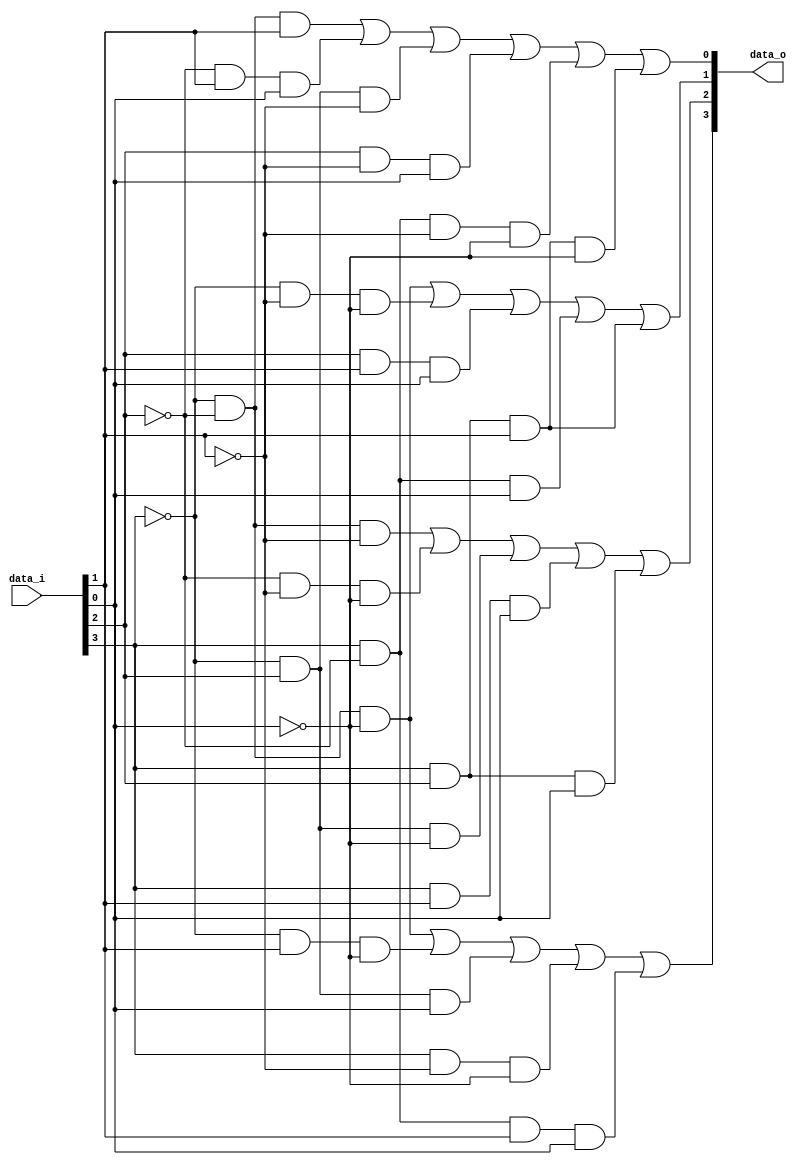
`timescale 1ns / 1ps
//////////////////////////////////////////////////////////////////////////////////
// Company: 
// Engineer: 
// 
// Design Name: 
// Module Name: S_Box
// Project Name: 
// Target Devices: 
// Tool Versions: 
// Description: 
// 
// Dependencies: 
// 
// Revision:
// Revision 0.01 - File Created
// Additional Comments:
// 
//////////////////////////////////////////////////////////////////////////////////


module S_Box(
            input[3:0] data_i,
            output[3:0] data_o
    );
    
    assign data_o[0] =  (~data_i[3]&~data_i[2]&data_i[1]) | (~data_i[2]&data_i[1]&data_i[0]) | (~data_i[3]&data_i[2]&~data_i[1])
                        | (data_i[2]&~data_i[1]&data_i[0]) | (data_i[3]&~data_i[2]&~data_i[1]&~data_i[0]) | (data_i[3]&data_i[2]&data_i[1]&~data_i[0]);
   
    assign data_o[1] =  (~data_i[3]&~data_i[2]&~data_i[0]) | (~data_i[3]&~data_i[1]&~data_i[0]) 
                        | (data_i[2]&data_i[1]&data_i[0]) | (data_i[3]&~data_i[2]&data_i[0]) | (data_i[3]&data_i[2]&data_i[1]);
    
    assign data_o[2] =  (~data_i[3]&~data_i[2]&~data_i[1]) | (~data_i[2]&~data_i[1]&~data_i[0]) 
                        | (~data_i[3]&data_i[2]&~data_i[0]) | (data_i[3]&data_i[1]&data_i[0]) | (data_i[3]&data_i[2]&data_i[0]);/// sonuncu hatalyd
                        
    assign data_o[3] =  (~data_i[3]&~data_i[2]&~data_i[0]) | (~data_i[3]&data_i[1]&~data_i[0]) 
                        | (~data_i[3]&data_i[2]&data_i[0]) | (data_i[3]&~data_i[1]&~data_i[0]) | (data_i[3]&~data_i[2]&data_i[1]&data_i[0]);
    
    
endmodule